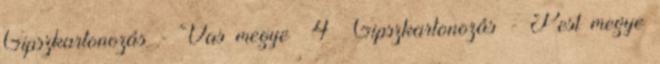
Gipszkartonozás - Vas megye 4 Gipszkartonozás - Pest megye